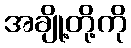
အချို့တို့ကို